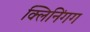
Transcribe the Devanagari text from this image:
क्लिनिंगग